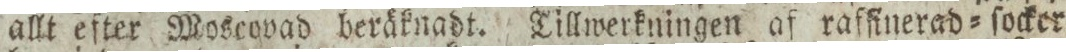
allt efter Moscovad beräknadt. Tillwerkningen af rafſinerad=ſocker